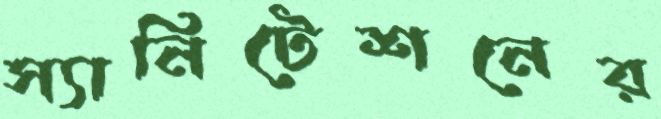
স্যানিটেশনের